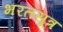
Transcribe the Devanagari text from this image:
भरतसूत्र